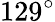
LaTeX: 129^{\circ}